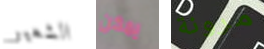
الشعير يمكن مرونة